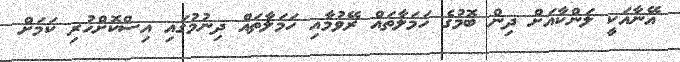
އޭނާއަކީ ލަންކާއަށް ދިން ބޮމުގެ ހަމަލާތައް ރޭވުމާއި ހަމަލާތައް ދިނުމުގައި އިސްކޮށްހުރި ކަމަށް